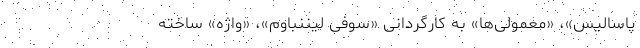
پاسالیس»، «معمولی‌ها» به کارگردانی «سوفی لیننباوم»، «واژه» ساخته